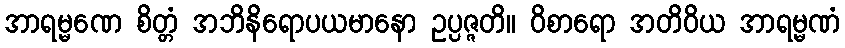
အာရမ္မဏေ စိတ္တံ အဘိနိရောပယမာနော ဥပ္ပဇ္ဇတိ။ ဝိစာရော အတိဝိယ အာရမ္မဏံ